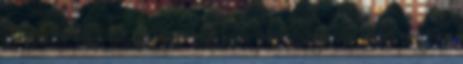
az inceszt tabu létezésének kulturális jelentősége van, mert megőrzi